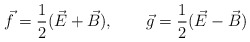
\begin{align*}\vec{f}=\frac{1}{2}(\vec{E}+\vec{B}),~~~~~~\vec{g}=\frac{1}{2}(\vec{E}-\vec{B})\end{align*}